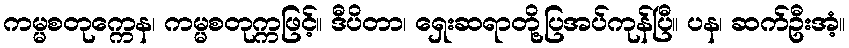
ကမ္မစတုက္ကေန၊ ကမ္မစတုက္ကဖြင့်။ ဒီပိတာ၊ ရှေးဆရာတို့ပြအပ်ကုန်ပြီ။ ပန၊ ဆက်ဦးအံ့။